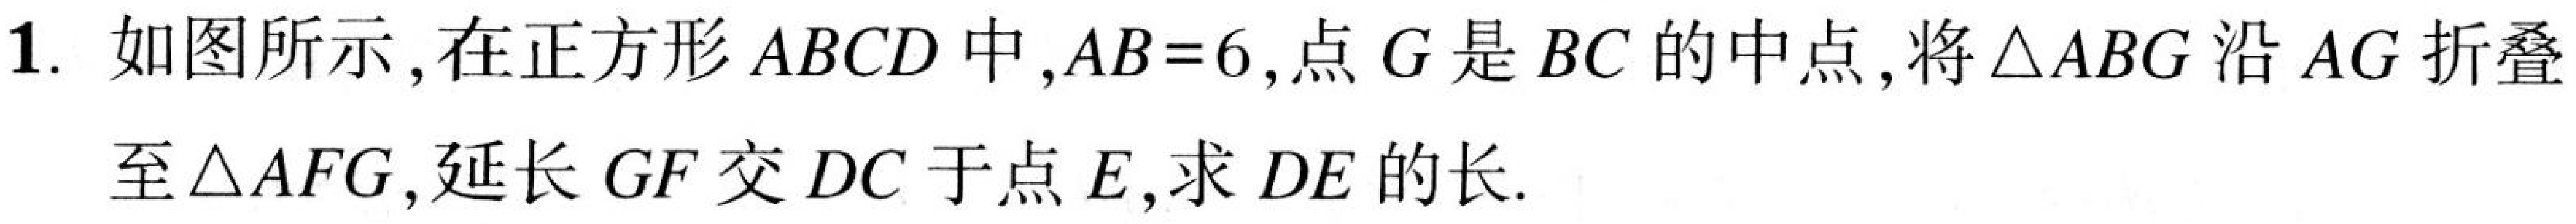
1. 如图所示，在正方形\(ABCD\)中，\(AB = 6\)，点\(G\)是\(BC\)的中点，将\(\triangle ABG\)沿\(AG\)折叠
至\(\triangle AFG\)，延长\(GF\)交\(DC\)于点\(E\)，求\(DE\)的长.